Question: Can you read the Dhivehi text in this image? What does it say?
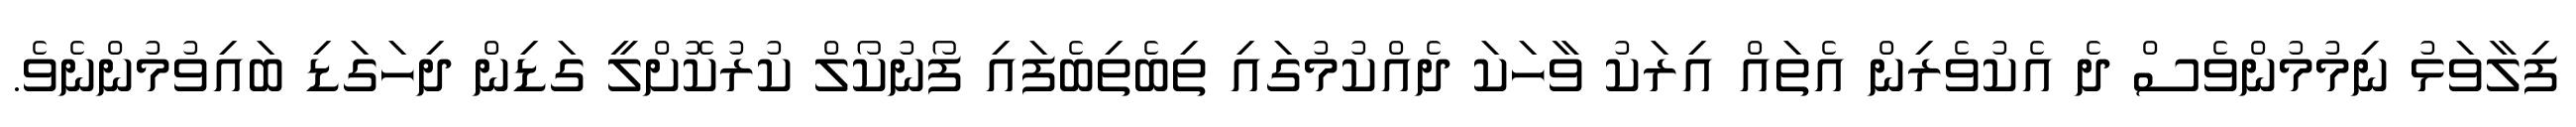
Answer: ފިލާވަޅު ނިމުމުންވެސް ދެ އެކުވެރިން އެތައް އިރަކު ވާހަކަ ދެއްކުމުގައި ތިބެތިބެފައި ފޯނުކޯލް ކުރުކޮށްލީ ގަޑިން ދިހަގަޑި ބައިވުމުންނެވެ.